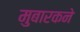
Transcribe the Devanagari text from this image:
मुबारकने